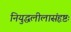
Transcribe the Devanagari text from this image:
नियुद्धलीलासंहृष्टः